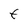
Character: t